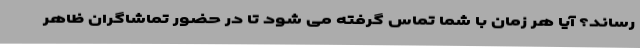
رساند؟ آیا هر زمان با شما تماس گرفته می شود تا در حضور تماشاگران ظاهر